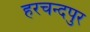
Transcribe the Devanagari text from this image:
हरचन्‍दपुर